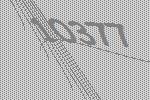
10377